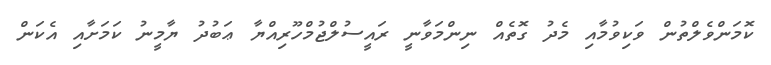
ކޮމަންވެލްތުން ވަކިވުމާއި މެދު ގޮތެއް ނިންމަވާނީ ރައީސުލްޖުމްހޫރިއްޔާ ޢަބުދު ޔާމީނު ކަމަށާއި އެކަން